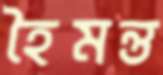
হৈমন্ত